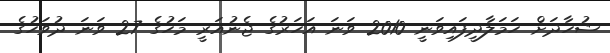
ޝުހާދަށް ހަމަލާދީފައިވަނީ 2010 ވަނަ އަހަރުގެ ޖެނުއަރީ މަހުގެ 27 ވަނަ ދުވަހުގެ